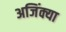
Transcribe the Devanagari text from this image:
अजिंक्या